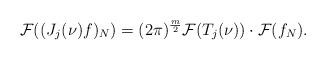
LaTeX: \begin{align*}\mathcal{F}((J_{j}(\nu)f)_{N})=(2\pi)^{\frac{m}{2}}\mathcal{F}(T_{j}(\nu))\cdot \mathcal{F}(f_{N}).\end{align*}